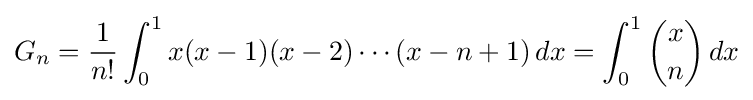
G_{n}={\frac {1}{n!}}\int _{0}^{1}x(x-1)(x-2)\cdots (x-n+1)\,dx=\int _{0}^{1}{\binom {x}{n}}\,dx